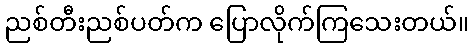
ညစ်တီးညစ်ပတ်က ပြောလိုက်ကြသေးတယ်။